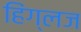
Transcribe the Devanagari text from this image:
हिंग्लज